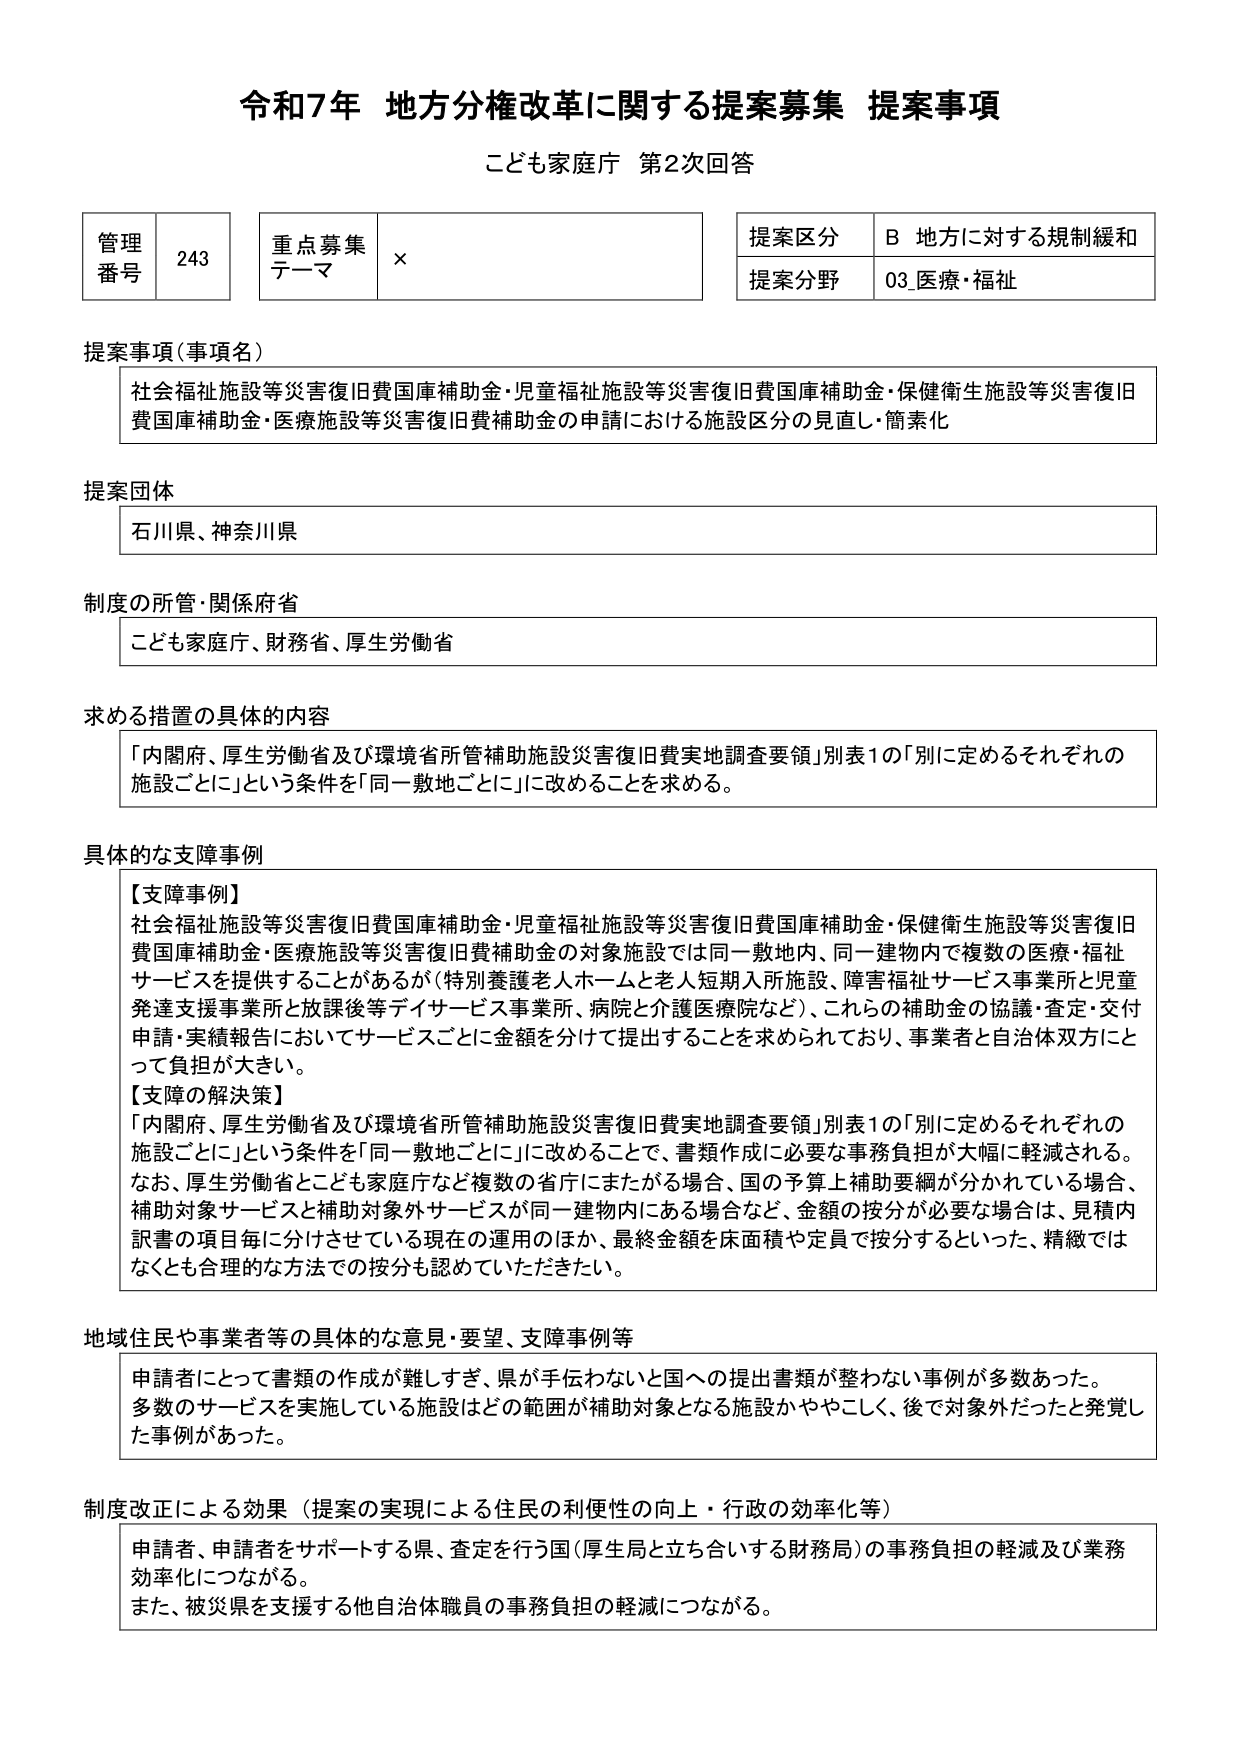
令和7年 地方分権改革に関する提案募集 提案事項
こども家庭庁 第2次回答

管理番号 243
重点募集テーマ ×
提案区分 B 地方に対する規制緩和
提案分野 03_医療・福祉

提案事項（事項名）
社会福祉施設等災害復旧費国庫補助金・児童福祉施設等災害復旧費国庫補助金・保健衛生施設等災害復旧費国庫補助金・医療施設等災害復旧費補助金の申請における施設区分の見直し・簡素化

提案団体
石川県、神奈川県

制度の所管・関係府省
こども家庭庁、財務省、厚生労働省

求める措置の具体的内容
「内閣府、厚生労働省及び環境省所管補助施設災害復旧費実地調査要領」別表1の「別に定めるそれぞれの施設ごとに」という条件を「同一敷地ごとに」に改めることを求める。

具体的な支障事例
【支障事例】
社会福祉施設等災害復旧費国庫補助金・児童福祉施設等災害復旧費国庫補助金・保健衛生施設等災害復旧費国庫補助金・医療施設等災害復旧費補助金の対象施設では同一敷地内、同一建物内で複数の医療・福祉サービスを提供することがあるが（特別養護老人ホームと老人短期入所施設、障害福祉サービス事業所と児童発達支援事業所と放課後等デイサービス事業所、病院と介護医療院など）、これらの補助金の協議・査定・交付申請・実績報告においてサービスごとに金額を分けて提出することを求められており、事業者と自治体双方にとって負担が大きい。
【支障の解決策】
「内閣府、厚生労働省及び環境省所管補助施設災害復旧費実地調査要領」別表1の「別に定めるそれぞれの施設ごとに」という条件を「同一敷地ごとに」に改めることで、書類作成に必要な事務負担が大幅に軽減される。なお、厚生労働省とこども家庭庁など複数の省庁にまたがる場合、国の予算上補助要綱が分かれている場合、補助対象サービスと補助対象外サービスが同一建物内にある場合など、金額の按分が必要な場合は、見積内訳書の項目毎に分けさせている現在の運用のほか、最終金額を床面積や定員で按分するといった、精緻ではなくとも合理的な方法での按分も認めていただきたい。

地域住民や事業者等の具体的な意見・要望、支障事例等
申請者にとって書類の作成が難しすぎ、県が手伝わないと国への提出書類が整わない事例が多数あった。多数のサービスを実施している施設はどの範囲が補助対象となる施設かややこしく、後で対象外だったと発覚した事例があった。

制度改正による効果（提案の実現による住民の利便性の向上・行政の効率化等）
申請者、申請者をサポートする県、査定を行う国（厚生局と立ち合いする財務局）の事務負担の軽減及び業務効率化につながる。また、被災県を支援する他自治体職員の事務負担の軽減につながる。